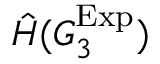
\hat { H } ( G _ { 3 } ^ { \mathrm { E x p } } )